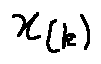
x _ { ( k ) }